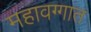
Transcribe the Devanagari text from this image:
महावग्गात